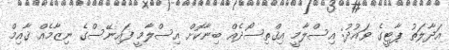
އަދާލަތު ޕާޓީގެ ވައުދު: އިސްލާމީ އިޤްތިސޯދެއް ބިނާކޮށް އިސްލާމީ ފައިނޭސްގެ ނިޒާމެއް ޤާއިމް